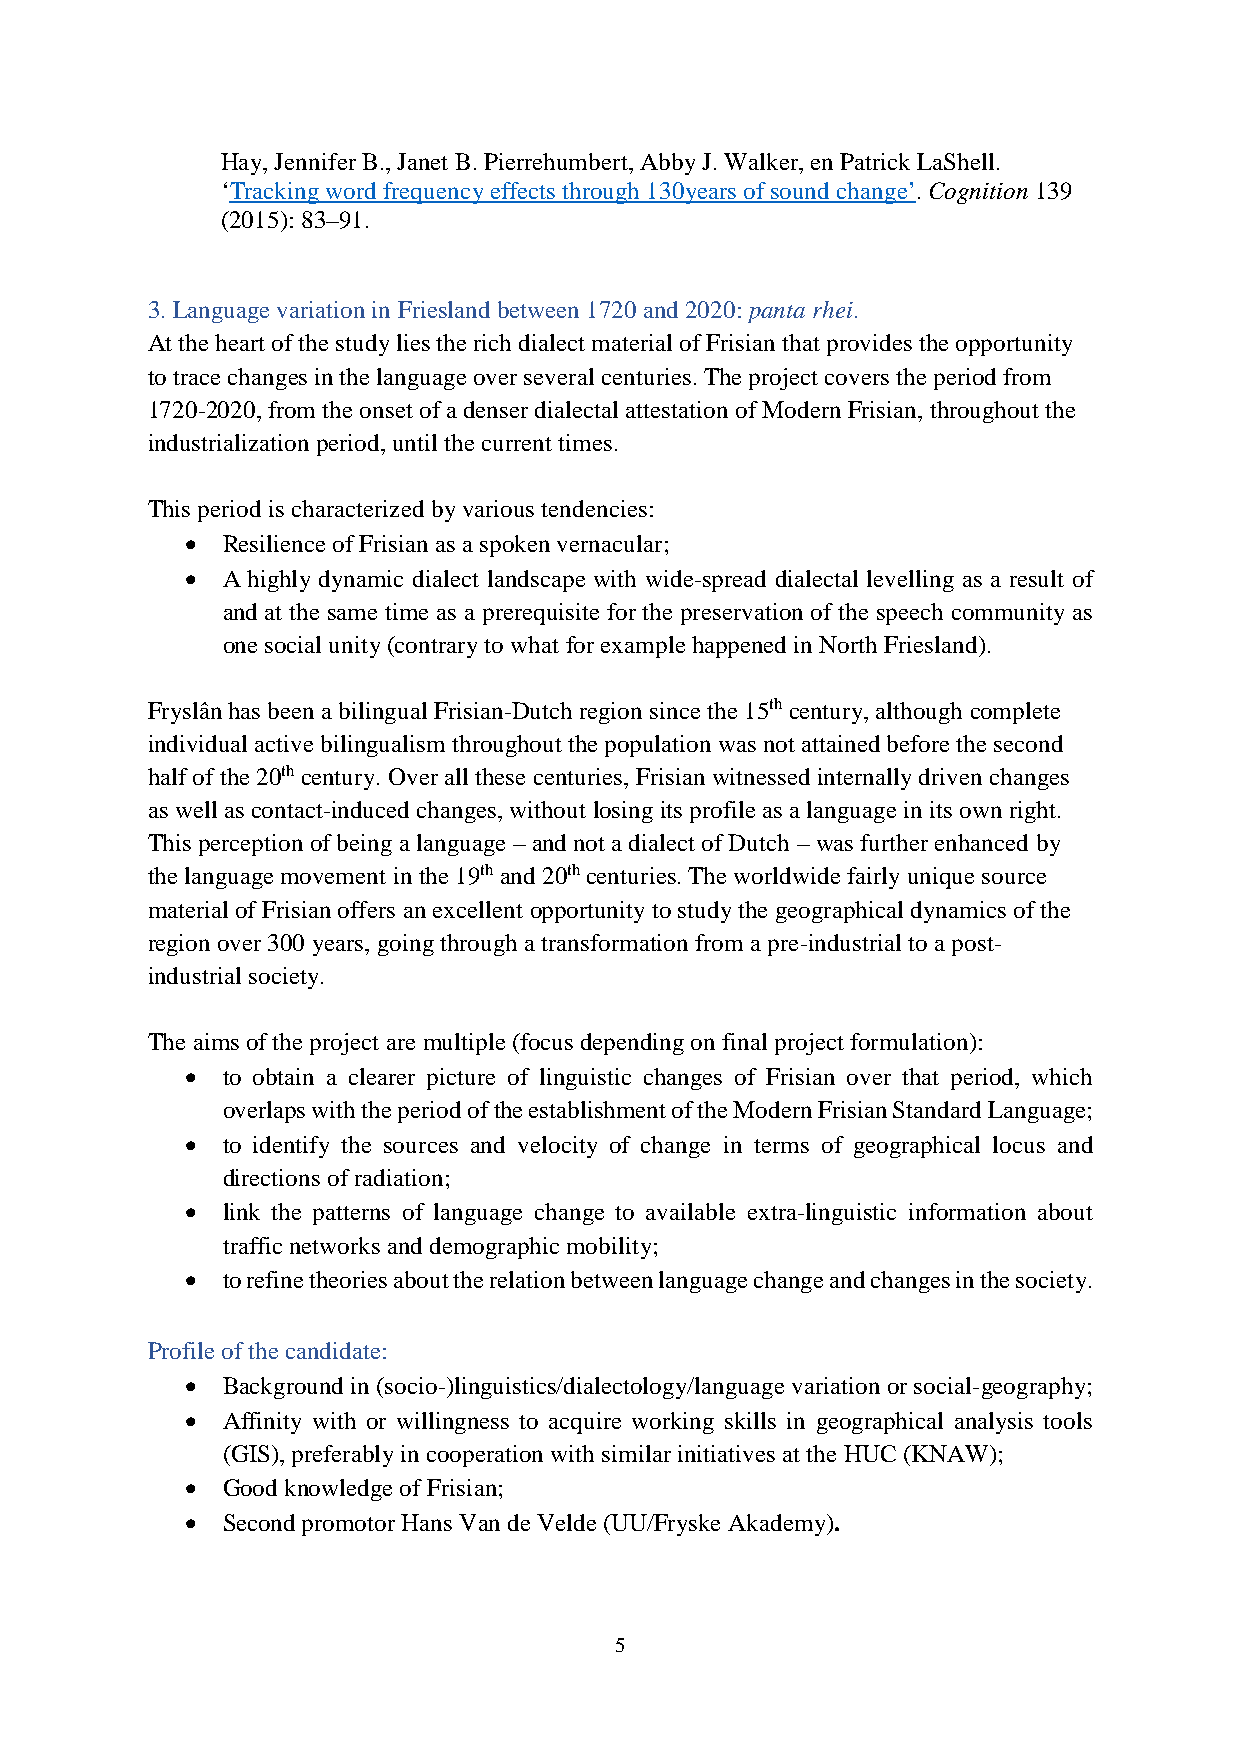
Hay, Jennifer B., Janet B. Pierrehumbert, Abby J. Walker, en Patrick LaShell.
 ‘Tracking word frequency effects through 130years of sound change’. Cognition 139
 (2015): 83–91.
 3. Language variation in Friesland between 1720 and 2020: panta rhei.
 At the heart of the study lies the rich dialect material of Frisian that provides the opportunity
 to trace changes in the language over several centuries. The project covers the period from
 1720-2020, from the onset of a denser dialectal attestation of Modern Frisian, throughout the
 industrialization period, until the current times.
 This period is characterized by various tendencies:
 •  Resilience of Frisian as a spoken vernacular;
 •  A highly dynamic dialect landscape with wide-spread dialectal levelling as a result of
 and at the same time as a prerequisite for the preservation of the speech community as
 one social unity (contrary to what for example happened in North Friesland).
 Fryslân has been a bilingual Frisian-Dutch region since the 15th century, although complete
 individual active bilingualism throughout the population was not attained before the second
 half of the 20th century. Over all these centuries, Frisian witnessed internally driven changes
 as well as contact-induced changes, without losing its profile as a language in its own right.
 This perception of being a language – and not a dialect of Dutch – was further enhanced by
 the language movement in the 19th and 20th centuries. The worldwide fairly unique source
 material of Frisian offers an excellent opportunity to study the geographical dynamics of the
 region over 300 years, going through a transformation from a pre-industrial to a post-
 industrial society.
 The aims of the project are multiple (focus depending on final project formulation):
 •  to obtain a clearer picture of linguistic changes of Frisian over that period, which
 overlaps with the period of the establishment of the Modern Frisian Standard Language;
 •  to identify the sources and velocity of change in terms of geographical locus and
 directions of radiation;
 •  link the patterns of language change to available extra-linguistic information about
 traffic networks and demographic mobility;
 •  to refine theories about the relation between language change and changes in the society.
 Profile of the candidate:
 •  Background in (socio-)linguistics/dialectology/language variation or social-geography;
 •  Affinity with or willingness to acquire working skills in geographical analysis tools
 (GIS), preferably in cooperation with similar initiatives at the HUC (KNAW);
 •  Good knowledge of Frisian;
 •  Second promotor Hans Van de Velde (UU/Fryske Akademy).
 5